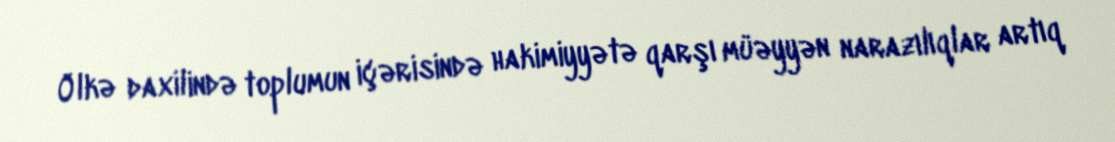
Ölkə daxilində toplumun içərisində hakimiyyətə qarşı müəyyən narazılıqlar artıq